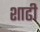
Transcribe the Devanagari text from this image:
शाढी